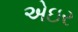
એઇર